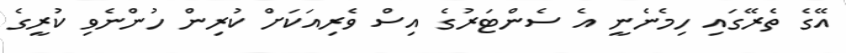
އޭގެ ތެރޭގައި ހިމެނެނީ އެ ސެންޓަރުގެ އިސް ވެރިއަކަށް ކުރިން ހުންނެވި ކުރީގެ